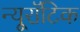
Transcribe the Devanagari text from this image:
न्यूरॉटिक